Civil Veterinary Department. Madras. Admin. report 1910-25 - 1910-1925
Year: 1910
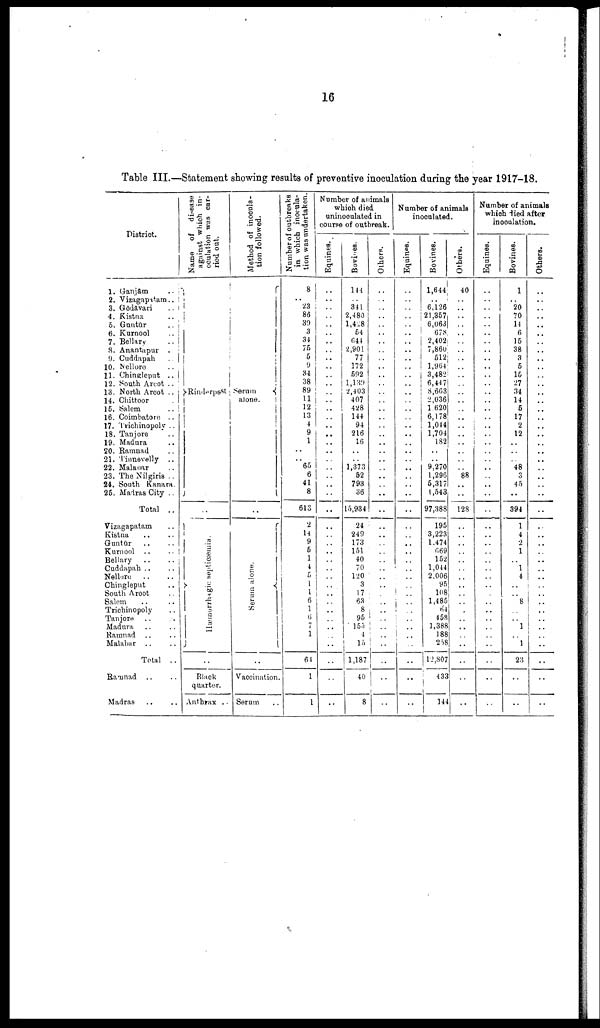
16
Table III.—Statement showing results of preventive inoculation during the year 1917-18.
District.
1. Ganjam ..
2. Vizagapatam ..
3. Godavari ..
4. Kistna ..
5. Guntur ..
6. Kurnool ..
7. Bellary ..
8. Anantapur ..
9. Cuddapah ..
10. Nellore ..
11. Chingleput ..
12. South Arcot ..
13. North Arcot ..
14. Chittoor ..
15. Salem ..
16. Coimbatore ..
17. Trichinopoly ..
18. Tanjore ..
19. Madura ..
20. Ramnad ..
21. Tiunevelly ..
22. Malanar ..
23. The Nilgiris ..
24. South Kanara.
25. Madras City ..
Total ..
Vizagapatam ..
Kistna .. ..
Guntur .. ..
Kurnool .. ..
Bellary .. ..
Cuddapah .. ..
Nellore .. ..
Chingleput ..
South Arcot ..
Salem .. ..
Trichinopoly ..
Tanjore .. ..
Madura .. ..
Ramnad .. ..
Malabar .. ..
Total ..
Ramnad .. ..
Madras
Name of
disease
against which in-
oculation was car-
ried out.
Rinderpest
..
Hæmorrhagic septicæmia.
..
Black
quarter.
Anthrax ..
Method of inocula-
tion followed.
Serum
alone.
..
Se r
um alone.
..
Vaccination
Serum
Number of outbreaks
in which inocula-
tion was undertaken.
8
..
23
86
30
3
34
75
5
9
34
38
89
11
12
13
4
9
1
..
..
65
6
41
8
613
2
14
9
5
1
4
5
1
1
6
1
6
7
1
64
1
1
Number of animals
which died
uninoculated in
course of outbreak.
Equines.
..
..
..
..
..
..
..
..
..
..
..
..
..
..
..
..
..
..
..
..
..
..
..
..
..
..
..
..
..
..
..
..
..
..
..
..
..
..
..
..
..
..
..
..
Bovines.
144
341
2,480
1,428
54
644
2,901
77
172
592
1,139
2,403
407
428
144
94
216
16
..
1,373
62
793
36
15,934
24
249
173
151
40
70
120
3
17
63
8
95
155
4
15
1,187
40
8
Others.
..
..
..
..
..
..
..
..
..
..
..
..
..
..
..
..
..
..
..
..
..
..
..
..
..
..
..
..
..
..
..
..
..
..
..
..
..
..
..
..
..
..
..
..
..
Number of animals
inoculated.
Equines.
..
..
..
..
..
..
..
..
..
..
..
..
..
..
..
..
..
..
..
..
..
..
..
..
..
..
..
..
..
..
..
..
..
..
..
..
..
..
..
..
..
..
..
..
Bovines.
1,644
..
6,126
21,357,
6,063
678
2,402
7,860
512
1,964
3,482
6,44 7
8,668
2,036
1.620
6,178
1,044
1,704
182
..
9,270
1,296
5,317
1,543
97,388
195
3,223
1.474
669
152
1,044
2.006
95
108
1,485
64
458
1,388
188
258
12,807
433
144
Others.
40
..
..
..
..
..
..
..
..
..
..
..
..
..
..
..
..
..
..
..
..
..
88
..
..
128
..
..
..
..
..
..
..
..
..
..
..
..
..
..
..
..
..
..
Number of animals
which died after
inoculation.
Equines.
..
..
..
..
..
..
..
..
..
..
..
..
..
..
..
..
..
..
..
..
..
..
..
..
..
..
..
..
..
..
..
..
..
..
..
..
..
..
..
..
..
..
..
..
Bovines.
1
..
20
70
14
6
15
38
3
5
15
27
34
14
5
17
2
12
..
..
..
48
3
45
..
394
1
4
2
1
..
1
4
..
..
8
..
..
1
..
1
23
..
..
Others.
..
..
..
..
..
..
..
..
..
..
..
..
..
..
..
..
..
..
..
..
..
..
..
..
..
..
..
..
..
..
..
..
..
..
..
..
..
..
..
..
..
..
..
..